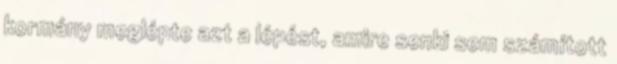
kormány meglépte azt a lépést, amire senki sem számított